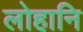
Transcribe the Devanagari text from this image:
लोहानि